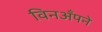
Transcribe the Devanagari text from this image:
विनअँपने